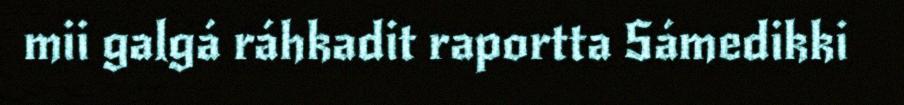
mii galgá ráhkadit raportta Sámedikki